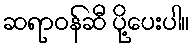
ဆရာဝန်ဆီ ပို့ပေးပါ။